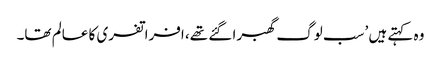
وہ کہتے ہیں ’سب لوگ گھبرا گئے تھے، افراتفری کا عالم تھا۔